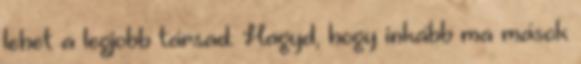
lehet a legjobb társad. Hagyd, hogy inkább ma mások